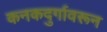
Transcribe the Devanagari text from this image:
कनकदुर्गावरून